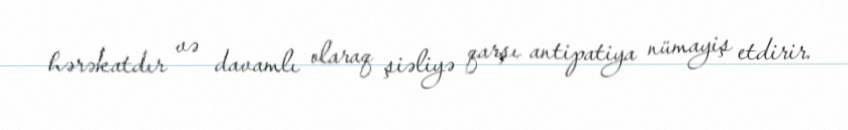
hərəkatdır və davamlı olaraq şiəliyə qarşı antipatiya nümayiş etdirir.